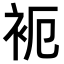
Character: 𬡉